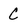
Character: C